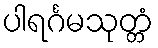
ပါရင်္ဂမသုတ္တံ